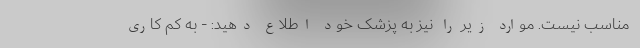
مناسب نیست. موارد زیر را نیز به پزشک خود اطلاع دهید: - به کم کاری